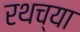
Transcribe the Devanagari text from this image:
रथच्या